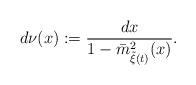
LaTeX: \begin{align*}d\nu(x):=\frac{dx}{1-\bar{m}^2_{\tilde\xi(t)}(x)}.\end{align*}